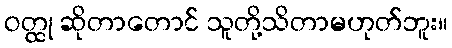
ဝတ္ထု ဆိုတာတောင် သူတို့သိတာမဟုတ်ဘူး။